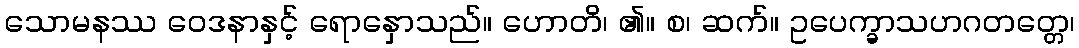
သောမနဿ ဝေဒနာနှင့် ရောနှောသည်။ ဟောတိ၊ ၏။ စ၊ ဆက်။ ဥပေက္ခာသဟဂတတ္တေ၊